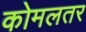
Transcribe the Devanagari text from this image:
कोमलतर